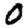
Digit: 0